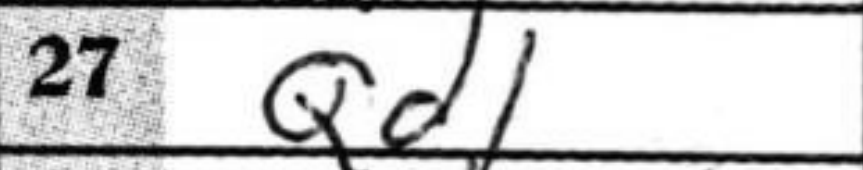
Transcription: Qd1